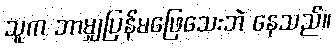
သူက ဘာမျှပြန်မဖြေသေးဘဲ နေသည်။